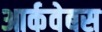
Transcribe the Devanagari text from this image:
आर्कवेबस